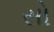
સો